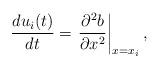
LaTeX: \begin{align*} \frac{du_{i}(t)}{dt} = \left. \frac{\partial^2 b}{\partial x^2} \right|_{x=x_i},\end{align*}